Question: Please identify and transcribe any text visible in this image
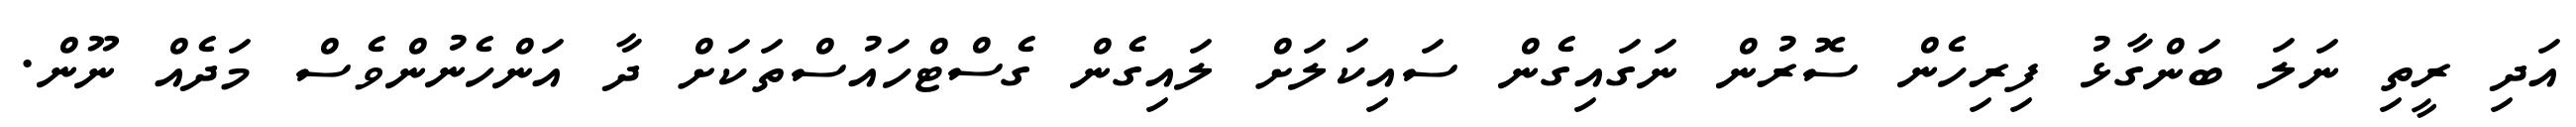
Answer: އަދި ރީތި ނަލަ ބަންގާޅު ފިރިހެން ސޮރުން ނަގައިގެން ސައިކަލަށް ލައިގެން ގެސްޓްހައުސްތަކަށް ދާ އަންހެނުންވެސް މަދެއް ނޫން.